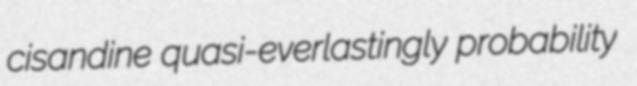
cisandine quasi-everlastingly probability